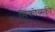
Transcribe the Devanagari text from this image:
मिंकोव्स्की